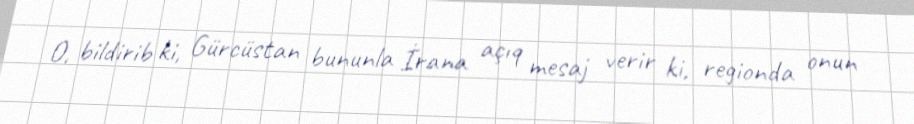
O, bildirib ki, Gürcüstan bununla İrana açıq mesaj verir ki, regionda onun